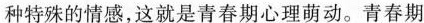
种特殊的情感，这就是青春期心理萌动。青春期